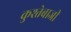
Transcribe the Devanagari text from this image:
कुश्तेबाजी